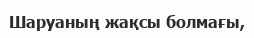
Шаруаның жақсы болмағы,